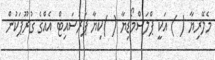
މެލޭރިޔާ ( ) އަކީ ޕްލަސްމޯޑިޔާ ( )ކިޔާ ޕަރަސައިޓް އެއްގެ ގުރޫޕަކުން